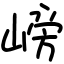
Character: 嵭